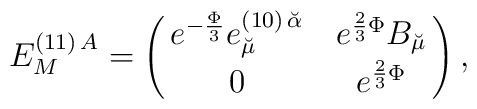
E^{(11)\, A}_M = \left ( \matrix{e^{-{\Phi \over 3}}e^{(10)\, \breve{\alpha}}_{\breve{\mu}} & e^{{2\over 3}\Phi}B_{\breve{\mu}} \cr 0 & e^{{2\over 3}\Phi}} \right ) ,